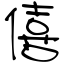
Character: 僖